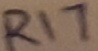
Text: R17